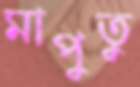
মাপুতু